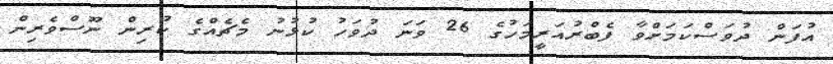
އުފަން ދުވަސްކަމަށްވާ ފެބްރުއަރީމަހުގެ 26 ވަނަ ދުވަހު ކުޅުނު މެޗެއްގެ ކުރިން ނޫސްވެރިން